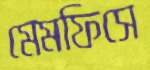
মেমফিসে